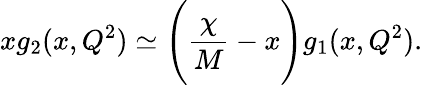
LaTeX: xg_{2}(x,Q^{2})\simeq\Bigg({\frac{\chi}{M}}-x\Bigg)g_{1}(x,Q^{2}).